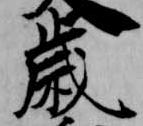
歳